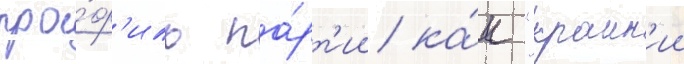
про́ф'иль па́рт'ии ка́к "краин'ии